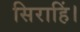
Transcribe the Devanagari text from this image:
सिराहिं।